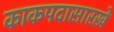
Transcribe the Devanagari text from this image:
काकपदासारखे